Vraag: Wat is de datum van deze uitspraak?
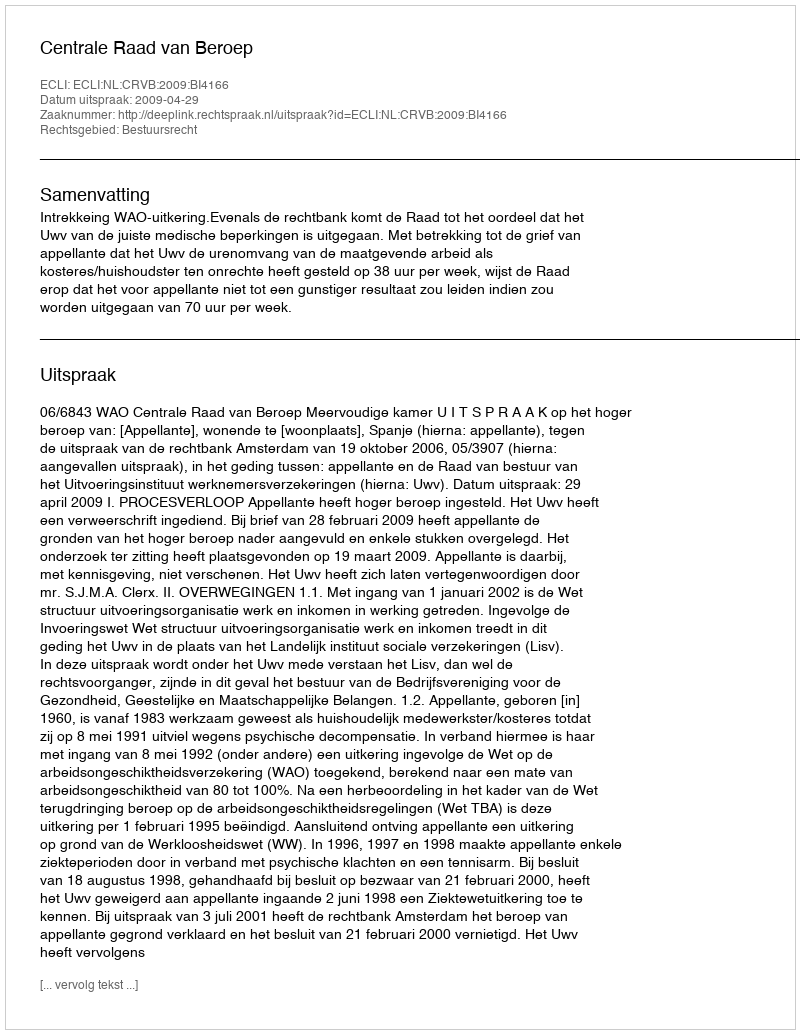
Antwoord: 2009-04-29